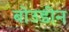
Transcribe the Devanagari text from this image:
बोउडीन